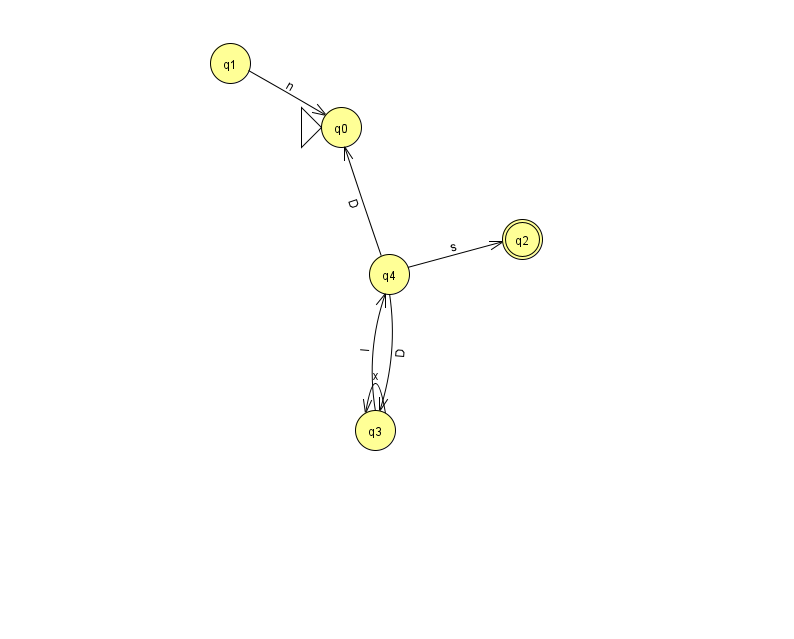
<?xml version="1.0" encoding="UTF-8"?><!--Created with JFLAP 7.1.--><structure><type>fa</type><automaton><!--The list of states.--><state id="0" name="q0"><x>341.0</x><y>114.0</y><initial/></state><state id="1" name="q1"><x>230.0</x><y>50.0</y></state><state id="2" name="q2"><x>522.0</x><y>226.0</y><final/></state><state id="3" name="q3"><x>375.0</x><y>417.0</y></state><state id="4" name="q4"><x>389.0</x><y>261.0</y></state><!--The list of transitions.--><transition><from>3</from><to>4</to><read>l</read></transition><transition><from>3</from><to>3</to><read>x</read></transition><transition><from>1</from><to>0</to><read>n</read></transition><transition><from>4</from><to>2</to><read>s</read></transition><transition><from>4</from><to>3</to><read>D</read></transition><transition><from>4</from><to>0</to><read>D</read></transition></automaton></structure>